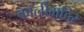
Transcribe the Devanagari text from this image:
कालीमंदिर